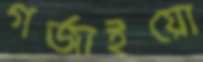
গর্জাইয়ো